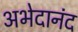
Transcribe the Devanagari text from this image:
अभेदानंद